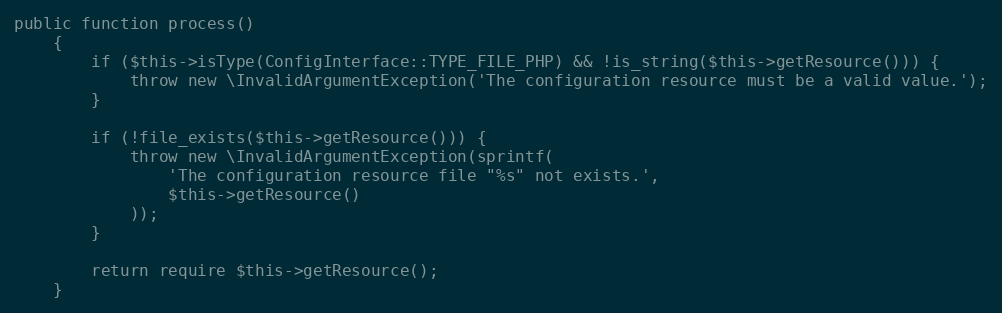
Language: PHP
public function process()
    {
        if ($this->isType(ConfigInterface::TYPE_FILE_PHP) && !is_string($this->getResource())) {
            throw new \InvalidArgumentException('The configuration resource must be a valid value.');
        }

        if (!file_exists($this->getResource())) {
            throw new \InvalidArgumentException(sprintf(
                'The configuration resource file "%s" not exists.',
                $this->getResource()
            ));
        }

        return require $this->getResource();
    }